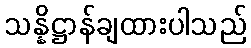
သန္နိဋ္ဌာန်ချထားပါသည်